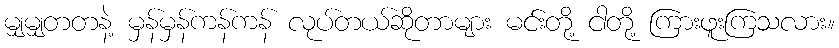
မျှမျှတတနဲ့ မှန်မှန်ကန်ကန် လုပ်တယ်ဆိုတာများ မင်းတို့ ငါတို့ ကြားဖူးကြသလား။